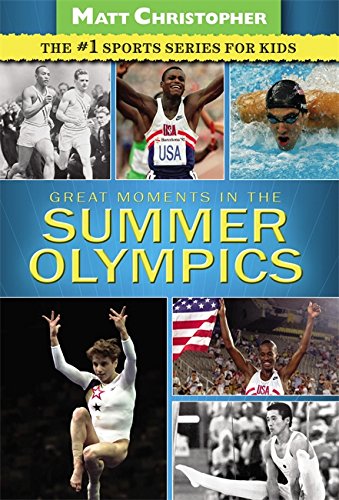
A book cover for Great Moments in the Summer Olympics (Matt Christopher Sports); Matt Christopher; Children's Books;